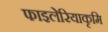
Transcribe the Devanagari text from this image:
फाइलेरियाकृमि